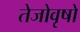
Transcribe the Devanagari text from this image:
तेजोवृषो